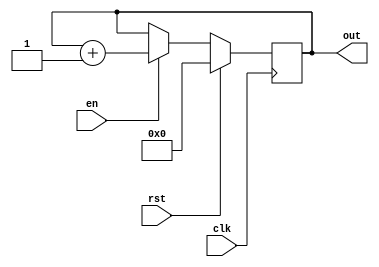
//code

module f4bituc(out,en,rst,clk);
  input en,rst,clk;

  output reg [3:0]out;
  
  always@(posedge clk)
    
      if (rst)
        out <= 4'b0;      
     else if (en)
       out <= out + 1;
   
      endmodule

//testbench

module f4bituc_tb;
  
  reg en,rst,clk;
  wire [3:0]out;
  f4bituc fbituctb(.en(en),.clk(clk),.rst(rst),.out(out));
  initial
    begin
      clk=0;
      #5 rst=1;en=1;
      #10 rst=0;en=1;
      #10 rst=0;en=1;
       #150 $finish;
      
    end
  always #5 clk=~clk;
  always@(clk)
    begin
    $monitor("time=%0t,clk=%b,out=%b",$time,clk,out);
 
    end
endmodule